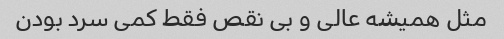
مثل همیشه عالی و بی نقص فقط کمی سرد بودن